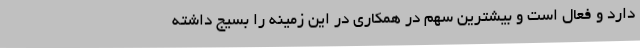
دارد و فعال است و بیشترین سهم در همکاری در این زمینه را بسیج داشته